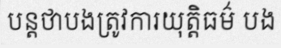
បន្តថាបងត្រូវការយុត្តិធម៌ បង